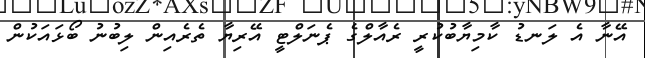
އޭނާ އެ ލަނޑު ކާމިޔާބުކުރީ ރެއާލްގެ ޕެނަލްޓީ އޭރިޔާ ތެރެއިން ލިބުނު ބޯޅައަކުން